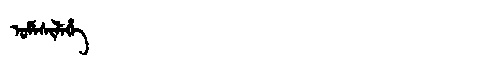
Manchu: ᡠᠮᡝᠰᡳᠯᡝᡥᡝ
Romanization: UMESILEHE